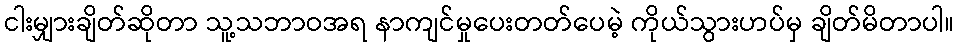
ငါးမျှားချိတ်ဆိုတာ သူ့သဘာဝအရ နာကျင်မှုပေးတတ်ပေမဲ့ ကိုယ်သွားဟပ်မှ ချိတ်မိတာပါ။